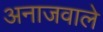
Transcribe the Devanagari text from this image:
अनाजवाले